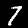
Label: 7